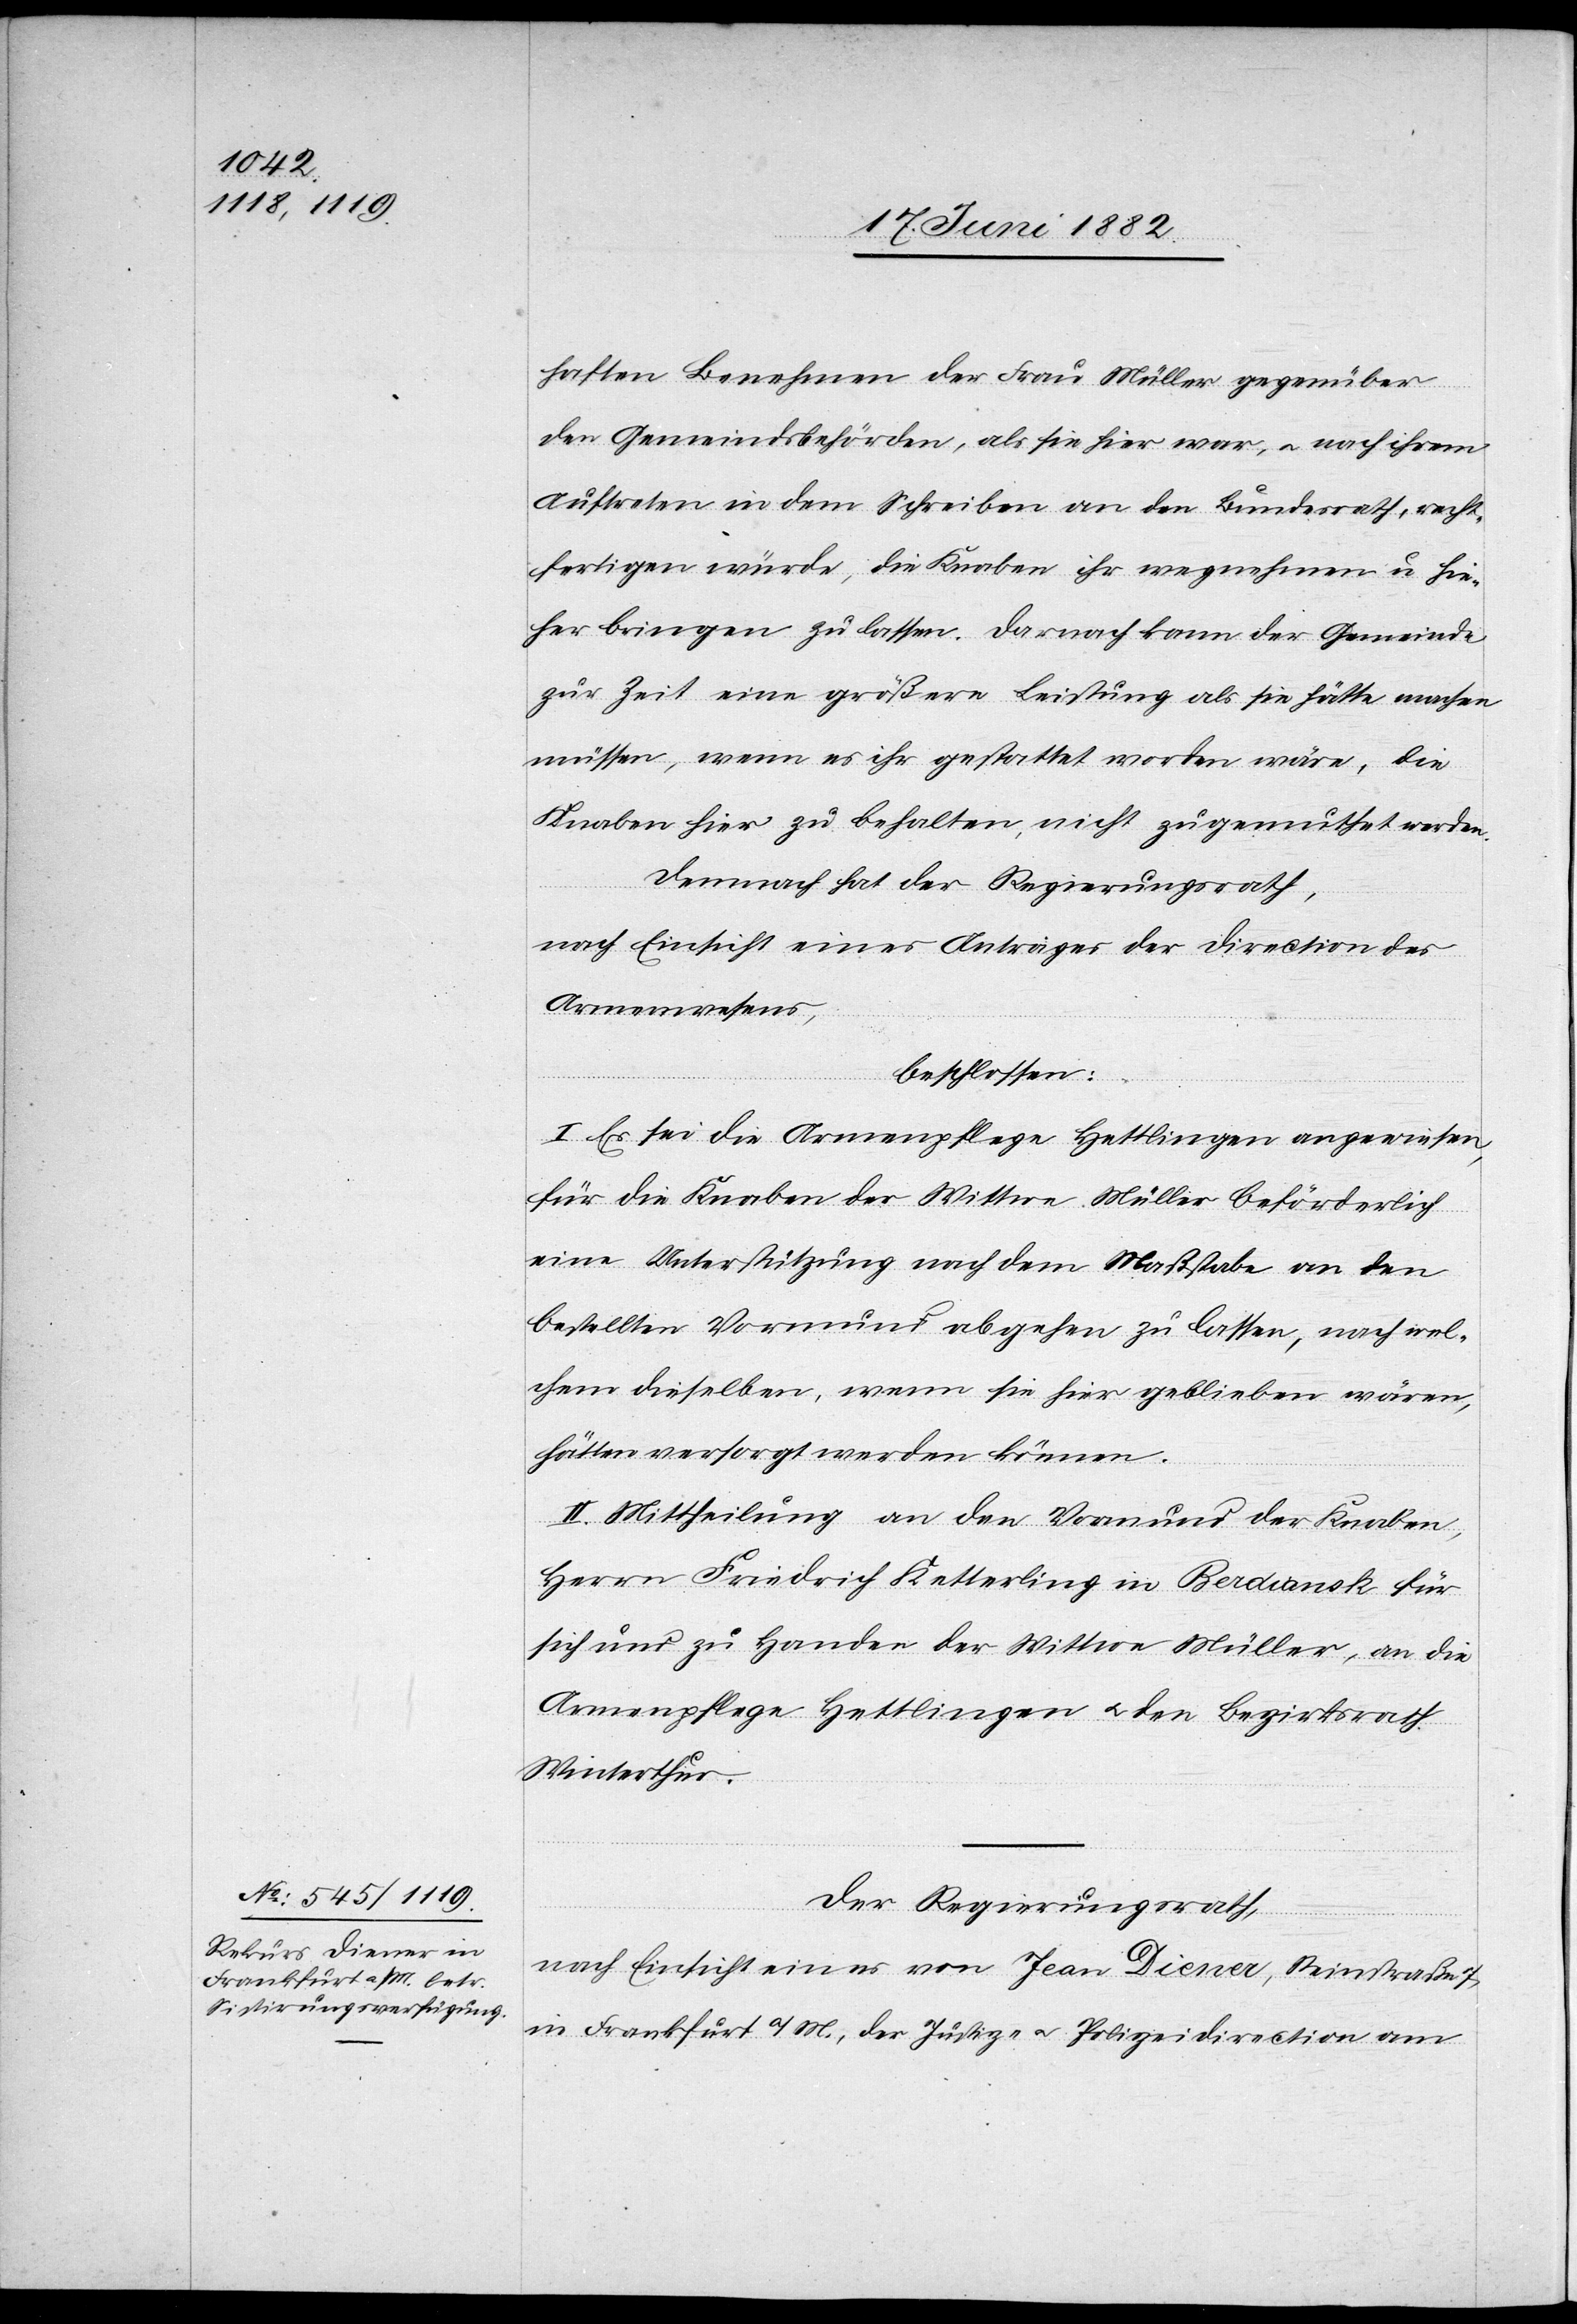
haften Benehmen der Frau Müller gegenüber
der Gemeindsbehörden, als sie hier war, u. nach ihrem
Auftreten in dem Schreiben an den Bundesrath, recht¬
fertigen würde, die Kinder ihr wegnehmen u. hie¬
her bringen zu lassen. Darnach kann der Gemeinde
zur Zeit eine größere Leistung als sie hätte machen
müssen, wenn es ihr gestattet worden wäre, die
Knaben hier zu behalten, nicht zugemuthet werden.
Demnach hat der Regierungsrath,
nach Einsicht eines Antrages der Direction des
Armenwesens,
beschlossen:
I. Es sei die Armenpflege Hettlingen angewiesen,
für die Knaben der Wittwe Müller beförderlich
eine Unterstützung nach dem Maßstabe an den
bestellten Vormund abgehen zu lassen, nach wel¬
chem dieselben, wenn sie hier geblieben wären,
hätten versorgt werden können.
II. Mittheilung an den Vormund der Knaben,
Herrn Friedrich Ketterling in Berdiansk für
sich und zu Handen der Wittwe Müller, an die
Armenpflege Hettlingen u. den Bezirksrath
Winterthur.
Der Regierungsrath,
nach Einsicht eines von Jean Diener, Steinstraße 7
in Frankfurt a/M., der Justiz- u. Polizeidirection am